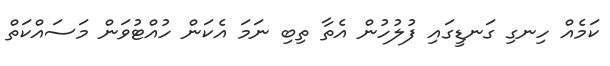
ކަމެއް ހިނގި ގަނޑީގައި ފުލުހުން އެތާ ތިބި ނަމަ އެކަން ހުއްޓުވަން މަސައްކަތް